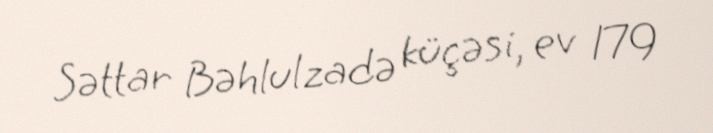
Səttar Bəhlulzadə küçəsi, ev 179